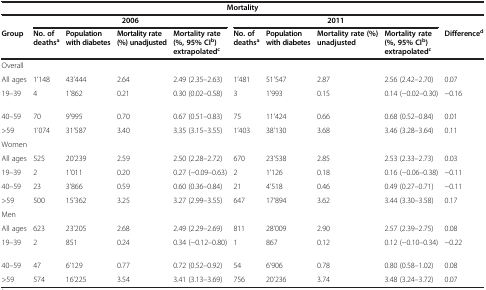
<table><thead><tr><td colspan="10"><b>Mortality</b></td></tr><tr><td><b> </b></td><td colspan="4"><b>2006</b></td><td colspan="4"><b>2011</b></td><td><b> </b></td></tr><tr><td><b>Group</b></td><td><b>No. of deaths<sup>a</sup></b></td><td><b>Population with diabetes</b></td><td><b>Mortality rate (%) unadjusted</b></td><td><b>Mortality rate (%, 95% CI<sup>b</sup>) extrapolated<sup>c</sup></b></td><td><b>No. of deaths<sup>a</sup></b></td><td><b>Population with diabetes</b></td><td><b>Mortality rate (%) unadjusted</b></td><td><b>Mortality rate (%, 95% CI<sup>b</sup>) extrapolated<sup>c</sup></b></td><td><b>Difference<sup>d</sup></b></td></tr></thead><tbody><tr><td>Overall</td><td> </td><td> </td><td> </td><td> </td><td> </td><td> </td><td> </td><td> </td><td> </td></tr><tr><td>All ages</td><td>1’148</td><td>43’444</td><td>2.64</td><td>2.49 (2.35–2.63)</td><td>1’481</td><td>51’547</td><td>2.87</td><td>2.56 (2.42–2.70)</td><td>0.07</td></tr><tr><td>19–39</td><td>4</td><td>1’862</td><td>0.21</td><td>0.30 (0.02–0.58)</td><td>3</td><td>1’993</td><td>0.15</td><td>0.14 (−0.02–0.30)</td><td>−0.16</td></tr><tr><td>40–59</td><td>70</td><td>9’995</td><td>0.70</td><td>0.67 (0.51–0.83)</td><td>75</td><td>11’424</td><td>0.66</td><td>0.68 (0.52–0.84)</td><td>0.01</td></tr><tr><td>&gt;59</td><td>1’074</td><td>31’587</td><td>3.40</td><td>3.35 (3.15–3.55)</td><td>1’403</td><td>38’130</td><td>3.68</td><td>3.46 (3.28–3.64)</td><td>0.11</td></tr><tr><td>Women</td><td> </td><td> </td><td> </td><td> </td><td> </td><td> </td><td> </td><td> </td><td> </td></tr><tr><td>All ages</td><td>525</td><td>20’239</td><td>2.59</td><td>2.50 (2.28–2.72)</td><td>670</td><td>23’538</td><td>2.85</td><td>2.53 (2.33–2.73)</td><td>0.03</td></tr><tr><td>19–39</td><td>2</td><td>1’011</td><td>0.20</td><td>0.27 (−0.09–0.63)</td><td>2</td><td>1’126</td><td>0.18</td><td>0.16 (−0.06–0.38)</td><td>−0.11</td></tr><tr><td>40–59</td><td>23</td><td>3’866</td><td>0.59</td><td>0.60 (0.36–0.84)</td><td>21</td><td>4’518</td><td>0.46</td><td>0.49 (0.27–0.71)</td><td>−0.11</td></tr><tr><td>&gt;59</td><td>500</td><td>15’362</td><td>3.25</td><td>3.27 (2.99–3.55)</td><td>647</td><td>17’894</td><td>3.62</td><td>3.44 (3.30–3.58)</td><td>0.17</td></tr><tr><td>Men</td><td> </td><td> </td><td> </td><td> </td><td> </td><td> </td><td> </td><td> </td><td> </td></tr><tr><td>All ages</td><td>623</td><td>23’205</td><td>2.68</td><td>2.49 (2.29–2.69)</td><td>811</td><td>28’009</td><td>2.90</td><td>2.57 (2.39–2.75)</td><td>0.08</td></tr><tr><td>19–39</td><td>2</td><td>851</td><td>0.24</td><td>0.34 (−0.12–0.80)</td><td>1</td><td>867</td><td>0.12</td><td>0.12 (−0.10–0.34)</td><td>−0.22</td></tr><tr><td>40–59</td><td>47</td><td>6’129</td><td>0.77</td><td>0.72 (0.52–0.92)</td><td>54</td><td>6’906</td><td>0.78</td><td>0.80 (0.58–1.02)</td><td>0.08</td></tr><tr><td>&gt;59</td><td>574</td><td>16’225</td><td>3.54</td><td>3.41 (3.13–3.69)</td><td>756</td><td>20’236</td><td>3.74</td><td>3.48 (3.24–3.72)</td><td>0.07</td></tr></tbody></table>